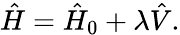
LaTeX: {\hat{H}}={\hat{H}}_{0}+\lambda{\hat{V}}.